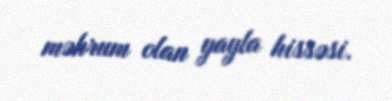
məhrum olan yayla hissəsi.